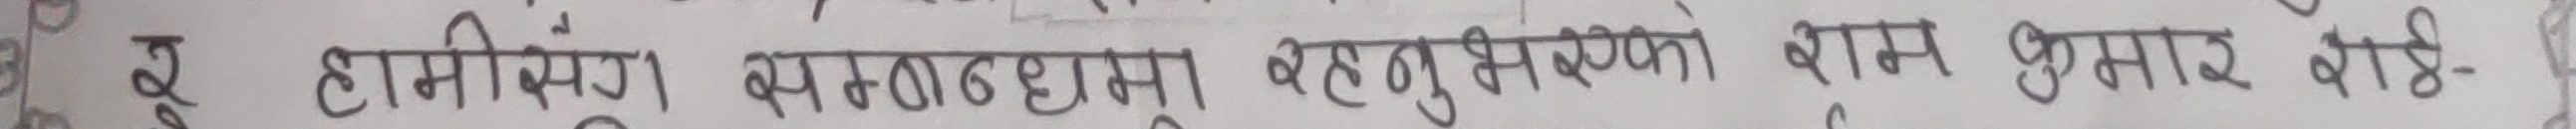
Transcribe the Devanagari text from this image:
दु हमिंसंग बहुसंख्यकको वास भूमिसार वैठी-